Report on the bubonic plague in Bombay, 1896-1897
Year: 1896
Disease focus: Plague
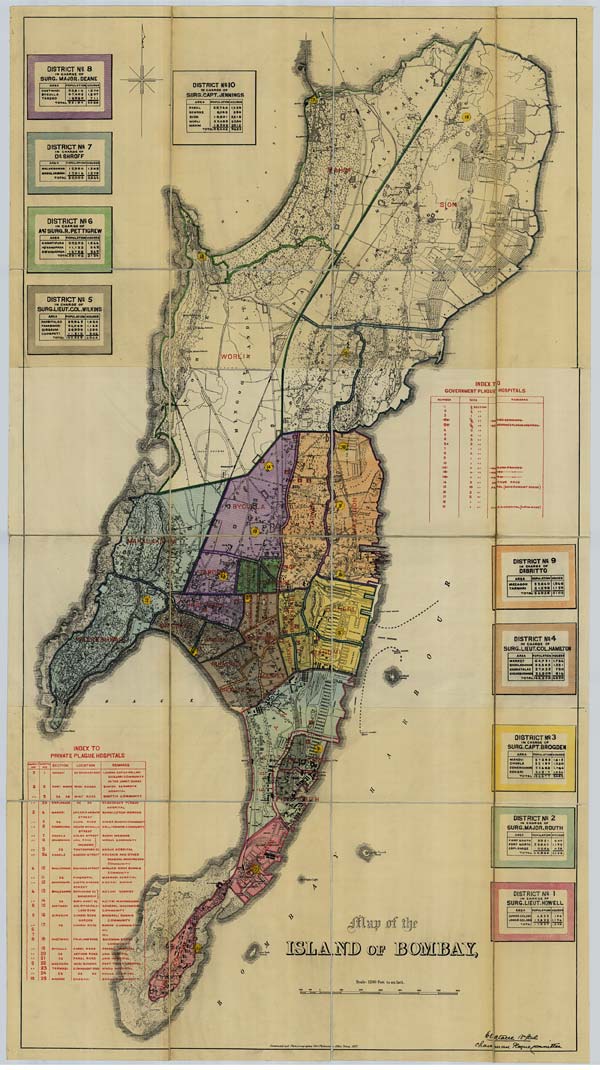
Map
of
the
ISLAND
OF
BOMBAY,
Scale: 1200 Feet to an Inch.
Constructed and Photozincographed Govt. Photozinco Office, Poona, 1897.